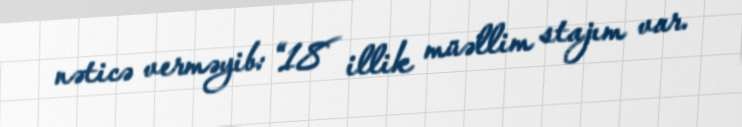
nəticə verməyib: “18 illik müəllim stajım var.